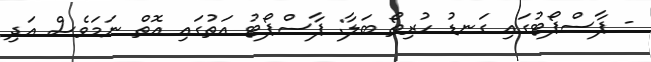
- ޕާސްޕޯޓުގައި ގަނޑު ހުރިތޯ ބަލާ: ޕާސްޕޯޓު އަތުގައި އޮތް ނަމަވެސް އަދި